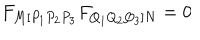
F _ { M [ P _ { 1 } P _ { 2 } P _ { 3 } } F _ { Q _ { 1 } Q _ { 2 } Q _ { 3 } ] N } = 0